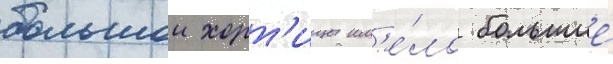
большои хорт'ицы им'е́ло большие